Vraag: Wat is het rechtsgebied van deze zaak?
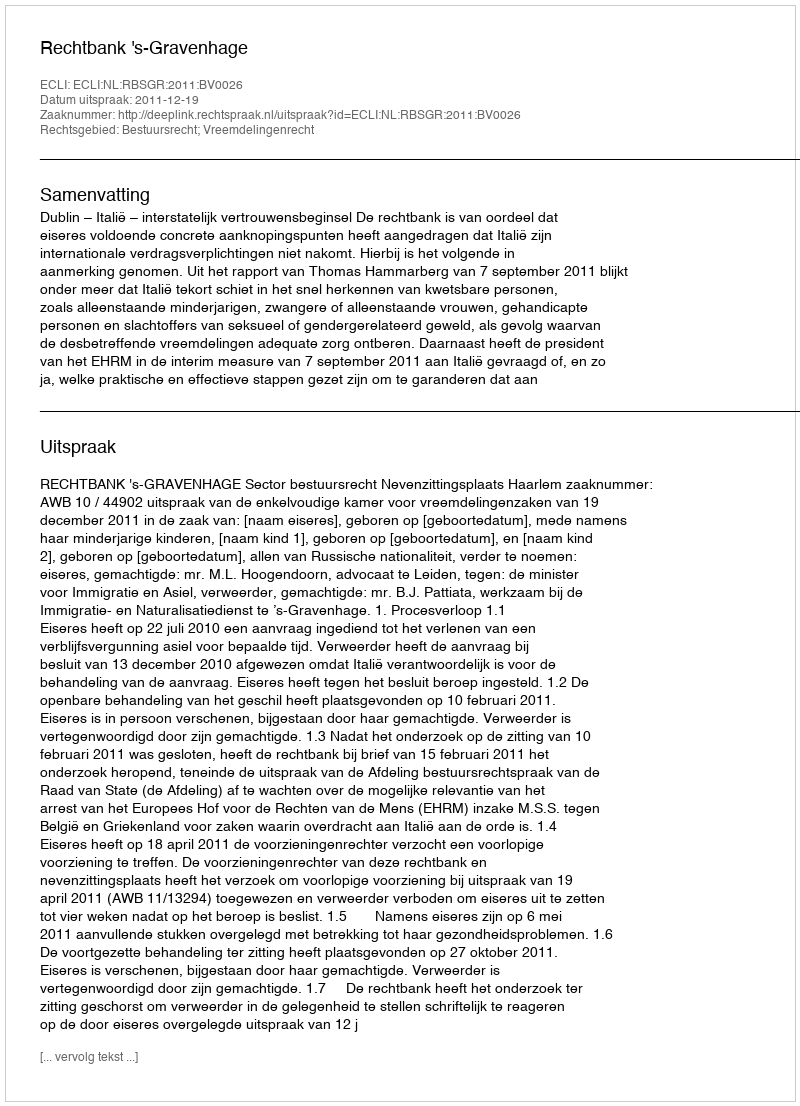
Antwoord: Bestuursrecht; Vreemdelingenrecht